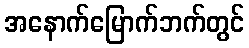
အနောက်မြောက်ဘက်တွင်